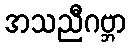
အသညီဂဗ္ဘာ